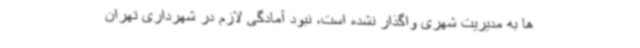
ها به مدیریت شهری واگذار نشده است، نبود آمادگی لازم در شهرداری تهران